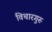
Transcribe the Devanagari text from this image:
विचारगुरु